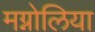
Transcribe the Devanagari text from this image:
मग्नोलिया